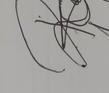
Signature authenticity: genuine